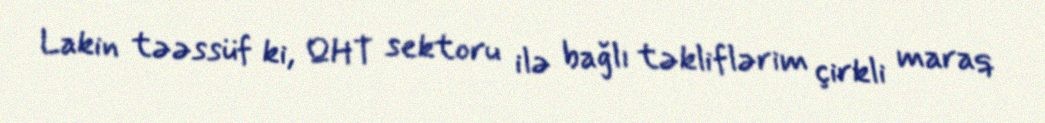
Lakin təəssüf ki, QHT sektoru ilə bağlı təkliflərim çirkli maraq